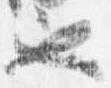
也